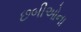
છબીઓના